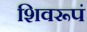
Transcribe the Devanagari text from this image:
शिवरूपं